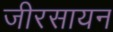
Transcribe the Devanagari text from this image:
जीरसायन